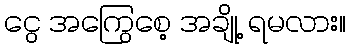
ငွေ အကြွေစေ့ အချို့ ရမလား။